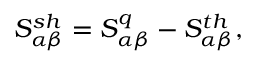
{ S _ { \alpha \beta } ^ { s h } = S _ { \alpha \beta } ^ { q } - S _ { \alpha \beta } ^ { t h } } ,